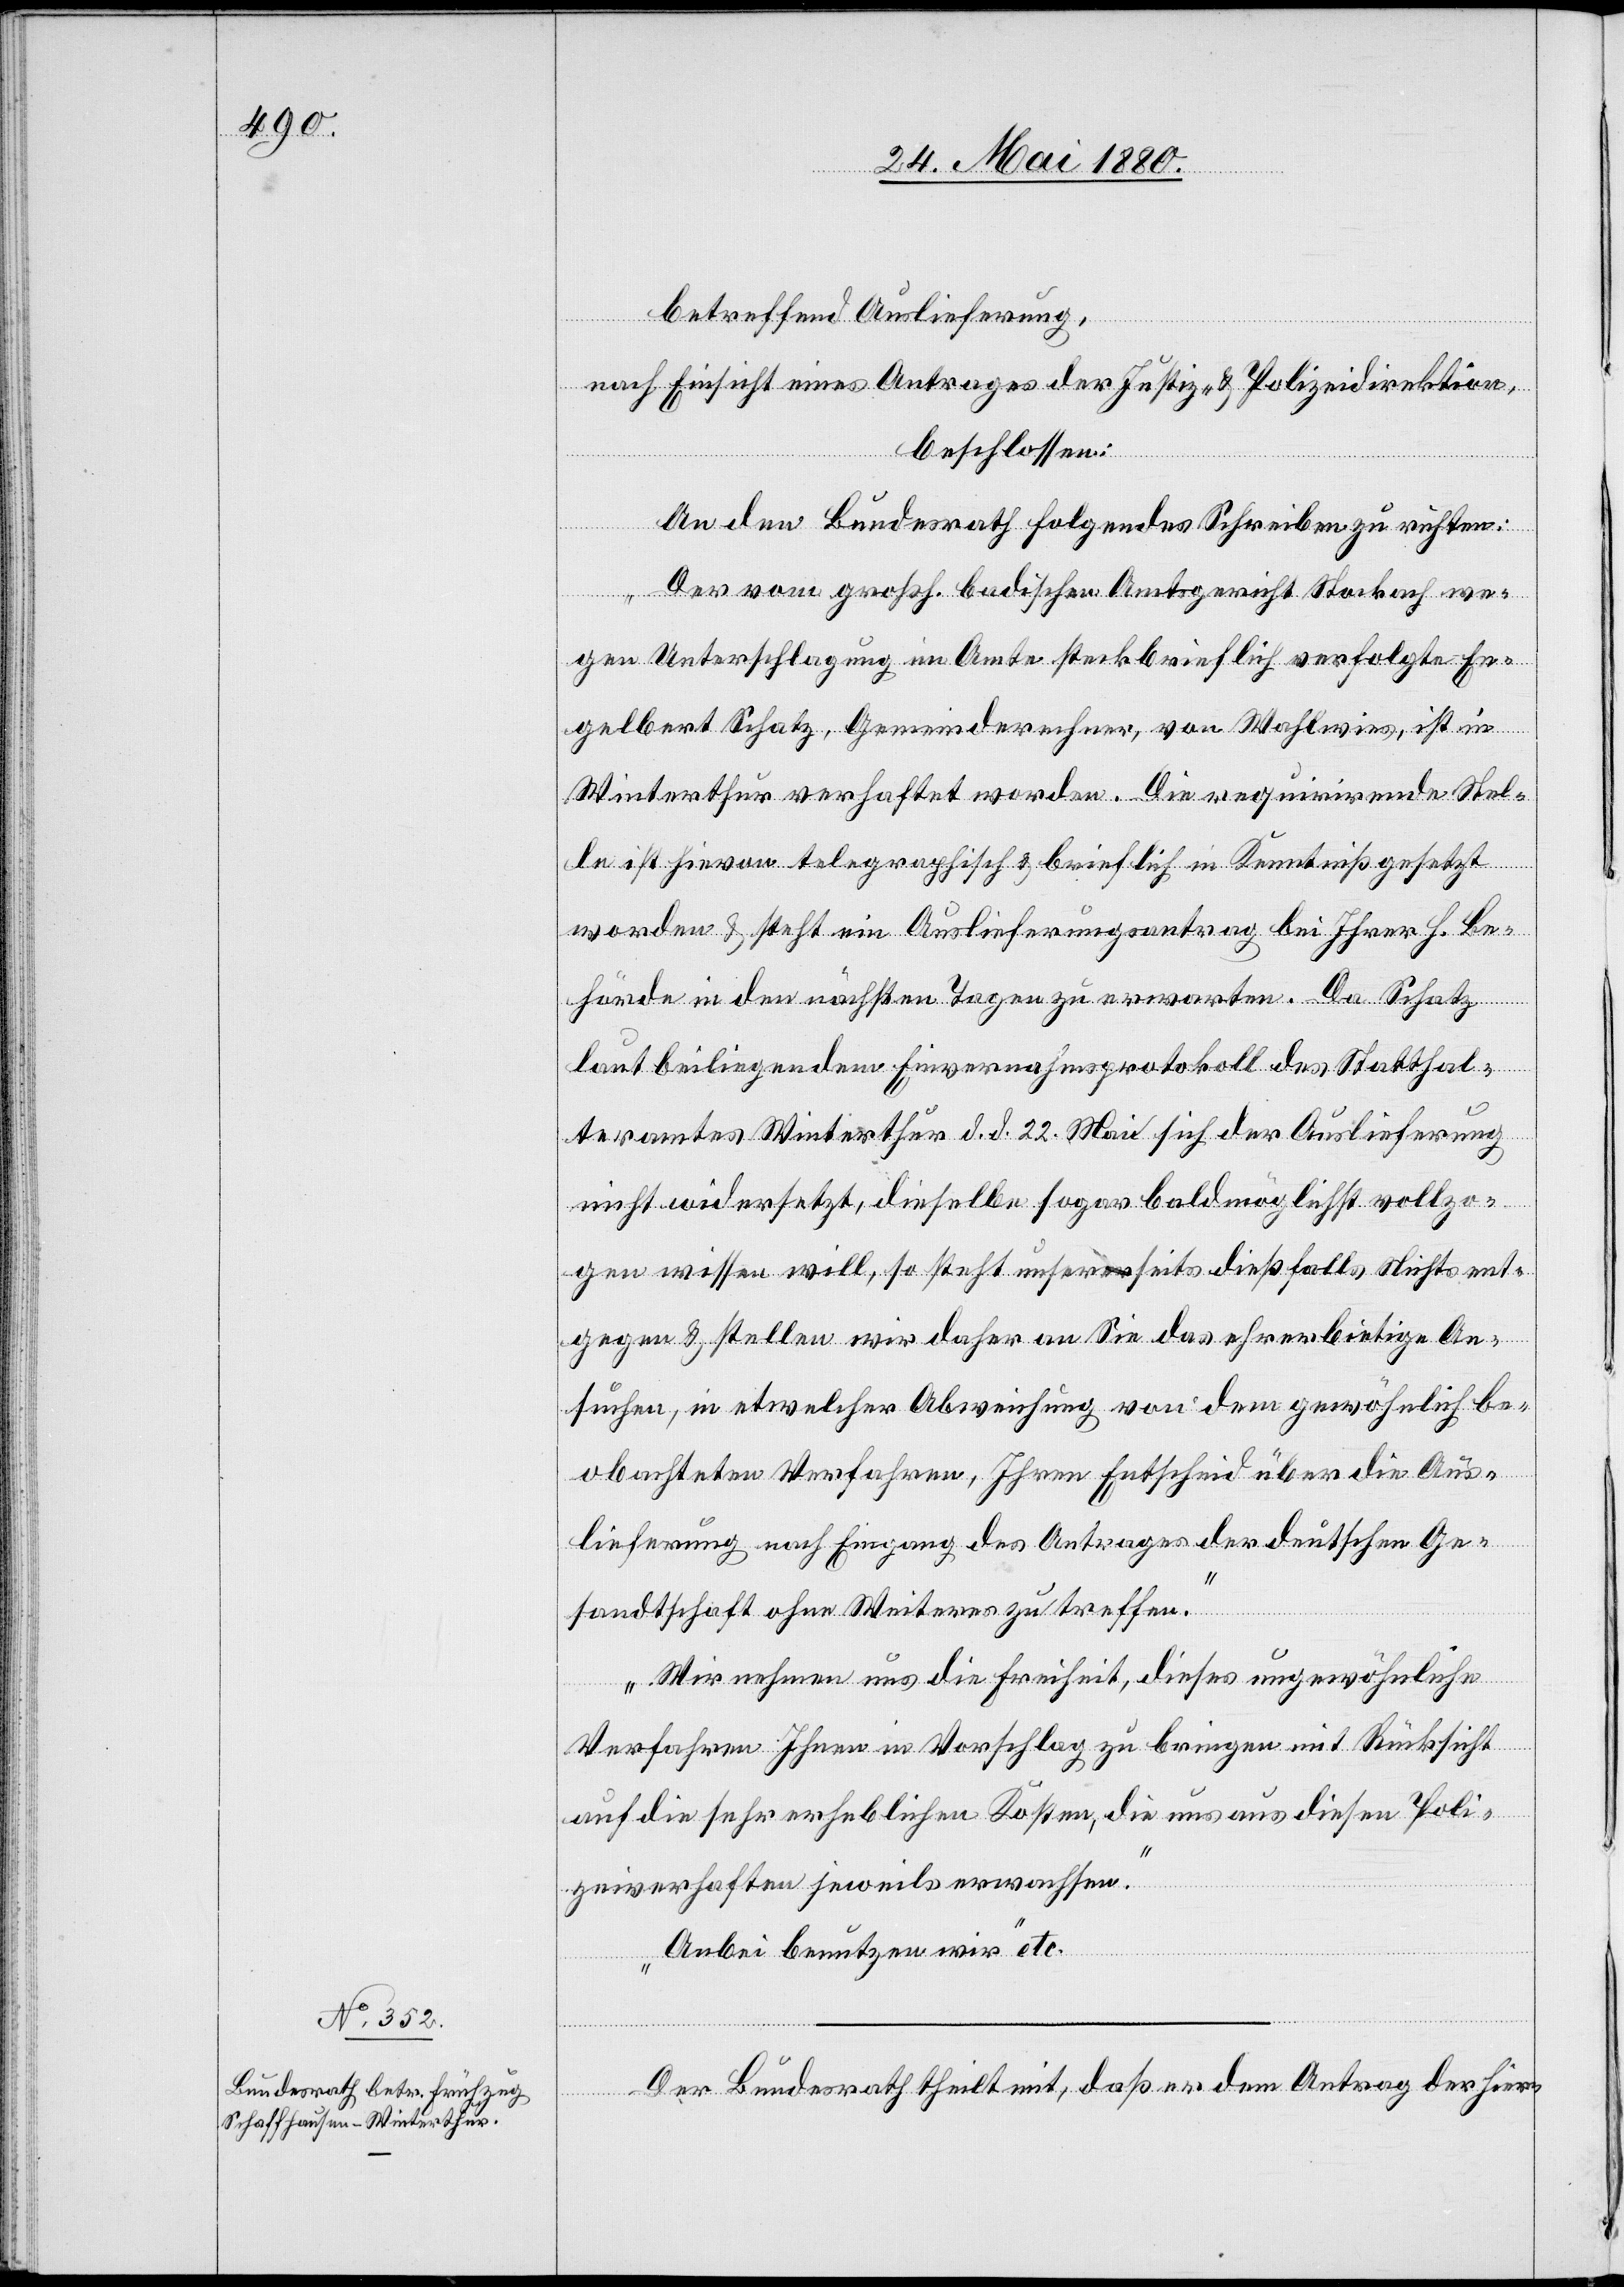
betreffend Auslieferung,
nach Einsicht eines Antrages der Justiz- & Polizeidirektion,
beschlossen:
An den Bundesrath folgendes Schreiben zu richten:
„Der vom großh. badischen Amtsgericht Stockach we¬
gen Unterschlagung im Amte steckbrieflich verfolgte En¬
gelbert Schatz, Gemeinderechner, von Wahlwies, ist in
Winterthur verhaftet worden. Die requirirende stel¬
le ist hievon telegraphisch & brieflich in Kenntniß gesetzt
worden & steht ein Auslieferungsantrag bei Ihrer h. Be¬
hörde in den nächsten Tagen zu erwarten. Da Schatz
laut beiliegendem Einvernahmsprotokoll des Statthal¬
teramtes Winterthur d. d. 22. Mai sich der Auslieferung
nicht widersetzt, dieselbe sogar baldmöglichst vollzo¬
gen wissen will, so steht unserseits dießfalls Nichts ent¬
gegen & stellen wir daher an Sie das ehrerbietige An¬
suchen, in etwelcher Abweichung von dem gewöhnlich be¬
obachteten Verfahren, Ihren Entscheid über die Aus¬
lieferung nach Eingang des Antrages der deutschen Ge¬
sandtschaft ohne Weiteres zu treffen.
Wir nehmen uns die Freiheit, dieses ungewöhnliche
Verfahren Ihnen in Vorschlag zu bringen mit Rücksicht
auf die sehr erheblichen Kosten, die uns aus diesen Poli¬
zeiverhaften jeweils erwachsen.
Anbei benutzen wir“ etc.
Der Bundesrath theilt mit, daß er dem Antrag der hier-